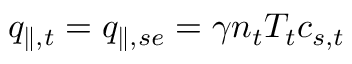
q _ { \parallel , t } = q _ { \parallel , s e } = \gamma n _ { t } T _ { t } c _ { s , t }